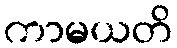
ကာမယတိ